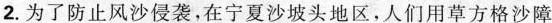
2.为了防止风沙侵袭，在宁夏沙坡头地区，人们用草方格沙障